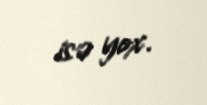
isə yox.